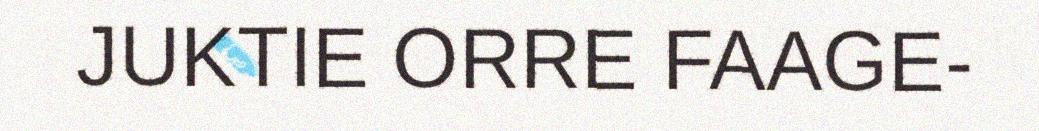
JUKTIE ORRE FAAGE-